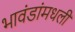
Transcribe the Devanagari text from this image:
भावंडांमधली